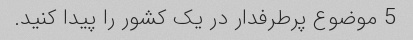
5 موضوع پرطرفدار در یک کشور را پیدا کنید.